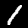
Label: 1